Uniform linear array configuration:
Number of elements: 24
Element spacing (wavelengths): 1
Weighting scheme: kaiser
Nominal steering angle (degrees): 15
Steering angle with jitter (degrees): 14.357
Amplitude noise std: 0.05
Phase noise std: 0.05

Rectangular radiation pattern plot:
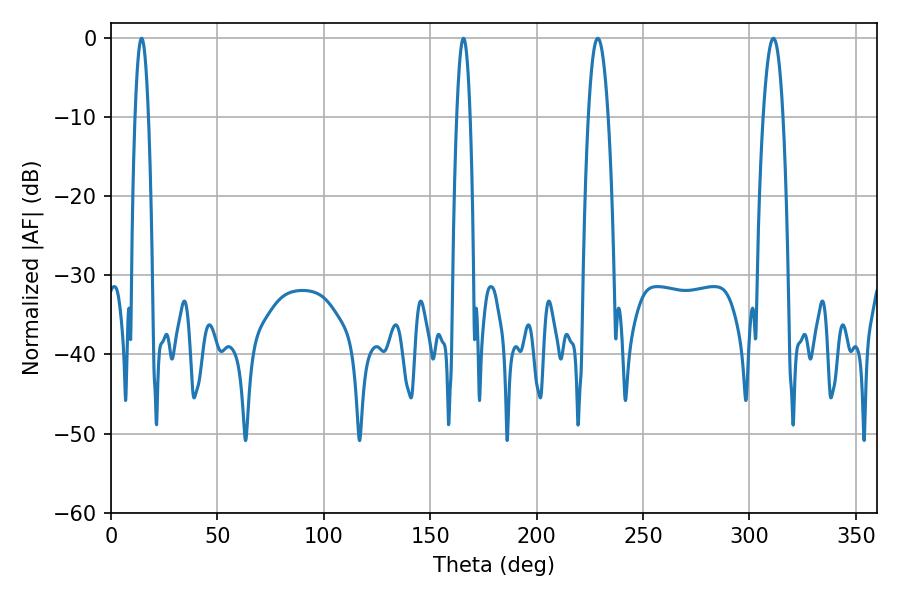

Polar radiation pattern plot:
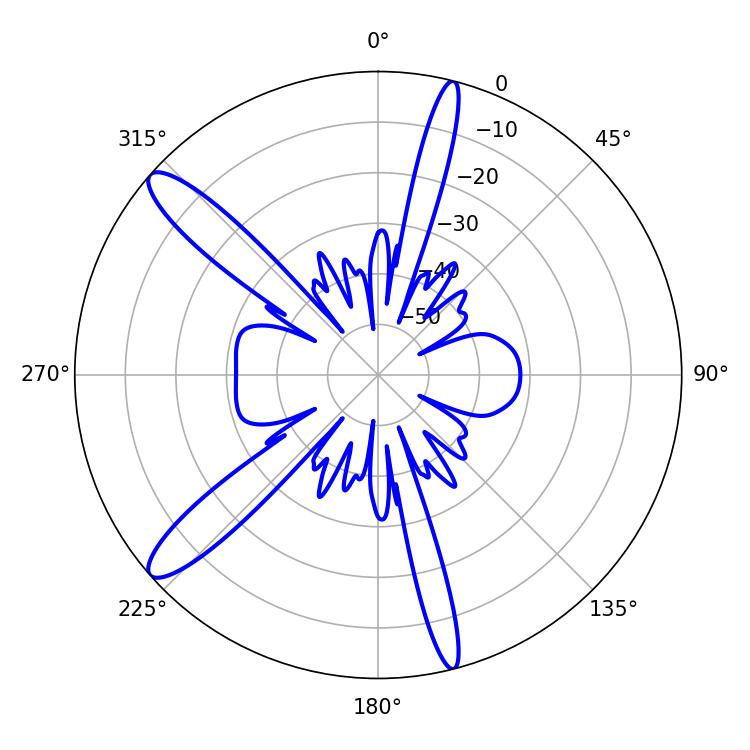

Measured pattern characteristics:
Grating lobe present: TRUE
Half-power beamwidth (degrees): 3.42
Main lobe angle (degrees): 14.4